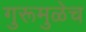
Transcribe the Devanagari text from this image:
गुरूमुळेच